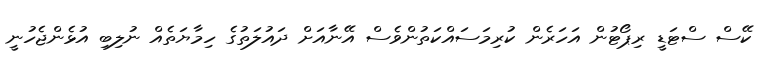
ކޭސް ސްޓަޑީ ރިޕޯޓުން އަހަރެން ކުރިމަސައްކަތުންވެސް އޭނާއަށް ދައުލަތުގެ ހިމާޔަތެއް ނުލިބި އުޅެންޖެހުނީ